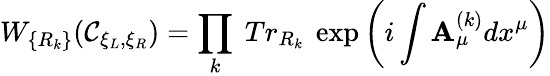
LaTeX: W_{\{ R_{k}\} }(\mathcal{C}_{\xi_{L},\xi_{R}})=\prod_{k}~Tr_{R_{k}}~\exp\left(i\int\mathbf{A}_{\mu}^{(k)}dx^{\mu}\right)